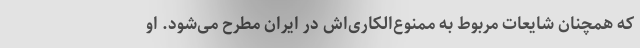
که همچنان شایعات مربوط به ممنوع‌الکاری‌اش در ایران مطرح می‌شود. او